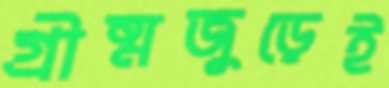
গ্রীষ্মজুড়েই